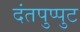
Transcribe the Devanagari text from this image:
दंतपुप्पुट